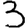
Digit: 3